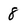
Character: 8